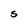
Character: S